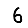
Digit: 6